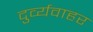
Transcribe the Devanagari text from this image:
दुर्व्यवाहर